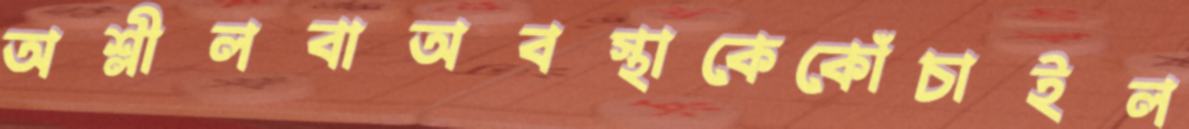
অশ্লীলবাঅবস্থাকেকোঁচাইল